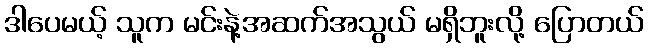
ဒါပေမယ့် သူက မင်းနဲ့အဆက်အသွယ် မရှိဘူးလို့ ပြောတယ်